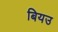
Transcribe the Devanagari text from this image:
बियउ